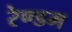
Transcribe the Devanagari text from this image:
रेण्डम